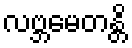
လဗ္ဘမေတန္တိ